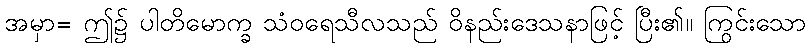
အမှာ= ဤ၌ ပါတိမောက္ခ သံဝရေသီလသည် ဝိနည်းဒေသနာဖြင့် ပြီး၏။ ကြွင်းသော